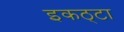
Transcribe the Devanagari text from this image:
इकठ्‌टा